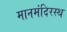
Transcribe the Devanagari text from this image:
मानमंदिरस्थ